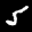
Label: 5